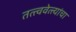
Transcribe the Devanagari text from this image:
तत्त्ववेत्त्यांचा